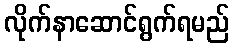
လိုက်နာဆောင်ရွက်ရမည်